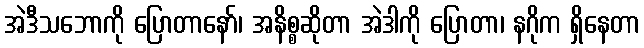
အဲဒီသဘောကို ပြောတာနော်၊ အနိစ္စဆိုတာ အဲဒါကို ပြောတာ၊ နဂိုက ရှိနေတာ